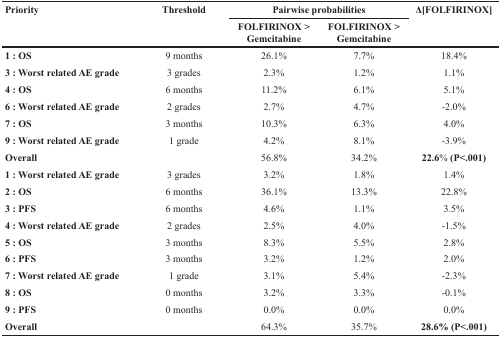
<table><thead><tr><td rowspan="2"><b>Priority</b></td><td rowspan="2"><b>Threshold</b></td><td colspan="2"><b>Pairwise probabilities</b></td><td rowspan="2"><b>Δ[FOLFIRINOX]</b></td></tr><tr><td><b>FOLFIRINOX &gt; Gemcitabine</b></td><td><b>FOLFIRINOX &gt; Gemcitabine</b></td></tr></thead><tbody><tr><td><b>1 : OS</b></td><td>9 months</td><td>26.1%</td><td>7.7%</td><td>18.4%</td></tr><tr><td><b>3 : Worst related AE grade</b></td><td>3 grades</td><td>2.3%</td><td>1.2%</td><td>1.1%</td></tr><tr><td><b>4 : OS</b></td><td>6 months</td><td>11.2%</td><td>6.1%</td><td>5.1%</td></tr><tr><td><b>6 : Worst related AE grade</b></td><td>2 grades</td><td>2.7%</td><td>4.7%</td><td>−2.0%</td></tr><tr><td><b>7 : OS</b></td><td>3 months</td><td>10.3%</td><td>6.3%</td><td>4.0%</td></tr><tr><td><b>9 : Worst related AE grade</b></td><td>1 grade</td><td>4.2%</td><td>8.1%</td><td>−3.9%</td></tr><tr><td><b>Overall</b></td><td></td><td>56.8%</td><td>34.2%</td><td><b>22.6% (P&lt;.001)</b></td></tr><tr><td><b>1 : Worst related AE grade</b></td><td>3 grades</td><td>3.2%</td><td>1.8%</td><td>1.4%</td></tr><tr><td><b>2 : OS</b></td><td>6 months</td><td>36.1%</td><td>13.3%</td><td>22.8%</td></tr><tr><td><b>3 : PFS</b></td><td>6 months</td><td>4.6%</td><td>1.1%</td><td>3.5%</td></tr><tr><td><b>4 : Worst related AE grade</b></td><td>2 grades</td><td>2.5%</td><td>4.0%</td><td>−1.5%</td></tr><tr><td><b>5 : OS</b></td><td>3 months</td><td>8.3%</td><td>5.5%</td><td>2.8%</td></tr><tr><td><b>6 : PFS</b></td><td>3 months</td><td>3.2%</td><td>1.2%</td><td>2.0%</td></tr><tr><td><b>7 : Worst related AE grade</b></td><td>1 grade</td><td>3.1%</td><td>5.4%</td><td>−2.3%</td></tr><tr><td><b>8 : OS</b></td><td>0 months</td><td>3.2%</td><td>3.3%</td><td>−0.1%</td></tr><tr><td><b>9 : PFS</b></td><td>0 months</td><td>0.0%</td><td>0.0%</td><td>0.0%</td></tr><tr><td><b>Overall</b></td><td></td><td>64.3%</td><td>35.7%</td><td><b>28.6% (P&lt;.001)</b></td></tr></tbody></table>